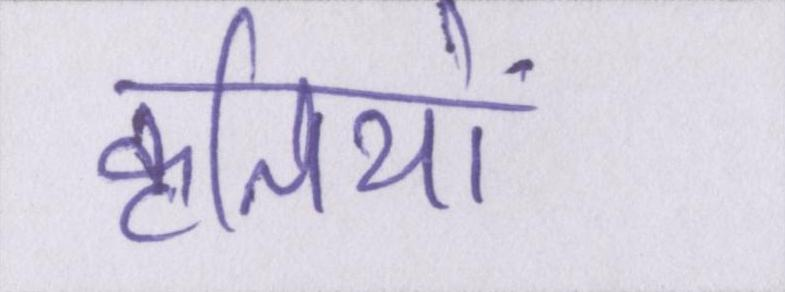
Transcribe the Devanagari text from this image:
कृतियों